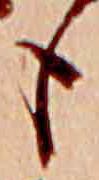
も